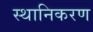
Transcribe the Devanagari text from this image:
स्थानिकरण